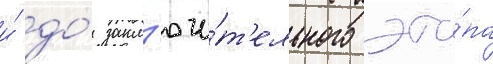
и́ до́ закл'ючи́т'ельного эта́па